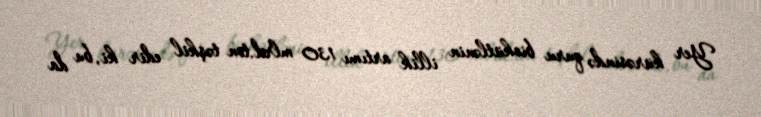
Yer kürəsində quru biokütlənin illik artımı 130 mlrd.ton təşkil edir ki, bu da